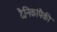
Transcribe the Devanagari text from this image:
दैनिकांपैकी